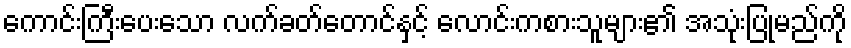
ကောင်းကြီးပေးသော လက်ခတ်တောင်နှင့် လောင်းကစားသူများ၏ အသုံးပြုမည်ကို